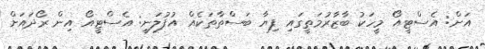
އަށް: އެސްޓީއޯ މީހަކު ބާޒާރުމަތީގައި ފިޔާ ބަސްތާތަކެއް އުފުލަނީ: އެސްޓީއޯ އިން ރޯދައަށް